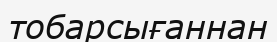
тобарсығаннан